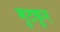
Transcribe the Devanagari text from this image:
मुटकून